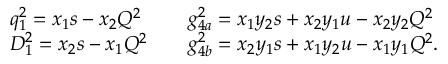
\begin{array} { l l } { { q _ { 1 } ^ { 2 } = x _ { 1 } s - x _ { 2 } Q ^ { 2 } } } & { { \quad g _ { 4 a } ^ { 2 } = x _ { 1 } y _ { 2 } s + x _ { 2 } y _ { 1 } u - x _ { 2 } y _ { 2 } Q ^ { 2 } } } \\ { { D _ { 1 } ^ { 2 } = x _ { 2 } s - x _ { 1 } Q ^ { 2 } } } & { { \quad g _ { 4 b } ^ { 2 } = x _ { 2 } y _ { 1 } s + x _ { 1 } y _ { 2 } u - x _ { 1 } y _ { 1 } Q ^ { 2 } . } } \end{array}